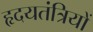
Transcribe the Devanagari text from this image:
हृदयतंत्रियों